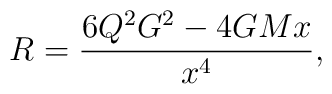
R = \frac{6{Q}^2 G^2 - 4GMx}{x^4},